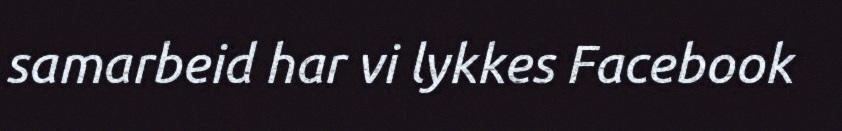
samarbeid har vi lykkes Facebook